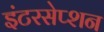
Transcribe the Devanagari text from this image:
इंटरसेप्शन